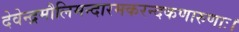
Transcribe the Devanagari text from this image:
देवेन्द्रमौलिमन्दारमकरन्दकणारुणाः।